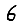
Digit: 6